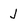
Character: J